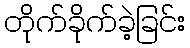
တိုက်ခိုက်ခဲ့ခြင်း